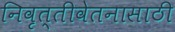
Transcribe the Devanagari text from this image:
निवृत्तीवेतनासाठी